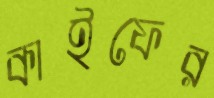
কাইফের